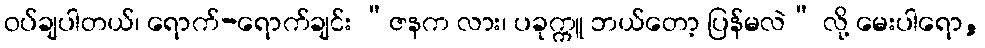
ဝပ်ချပါတယ်၊ ရောက်-ရောက်ချင်း “ဇနက လား၊ ပခုက္ကူ ဘယ်တော့ ပြန်မလဲ” လို့ မေးပါရော,